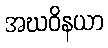
အဃဝိနယာ